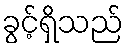
ခွင့်ရှိသည်